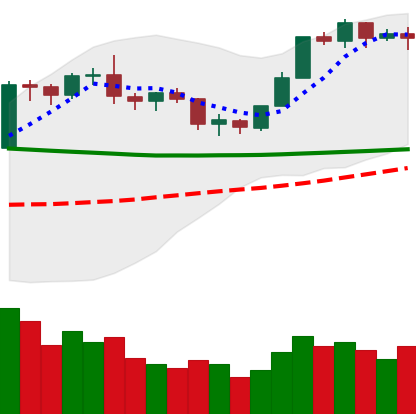
Ticker: BTC-USD
Chart end date: 2020-02-02
Forward return: 4.833%
Label: up_3_5